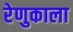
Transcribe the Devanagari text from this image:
रेणुकाला